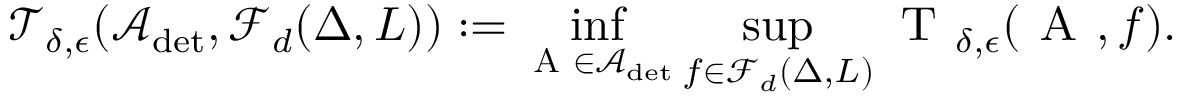
\mathcal { T } _ { \delta , \epsilon } ( \mathcal { A } _ { \operatorname* { d e t } } , \mathcal { F } _ { d } ( \Delta , L ) ) : = \operatorname* { i n f } _ { \textsc { A } \in \mathcal { A } _ { \operatorname* { d e t } } } \operatorname* { s u p } _ { f \in \mathcal { F } _ { d } ( \Delta , L ) } \textsc { T } _ { \delta , \epsilon } ( \textsc { A } , f ) .